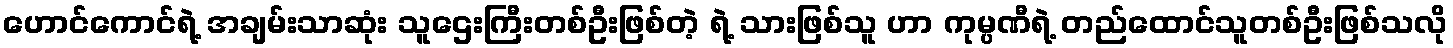
ဟောင်ကောင်ရဲ့ အချမ်းသာဆုံး သူဌေးကြီးတစ်ဦးဖြစ်တဲ့ ရဲ့ သားဖြစ်သူ ဟာ ကုမ္ပဏီရဲ့ တည်ထောင်သူတစ်ဦးဖြစ်သလို